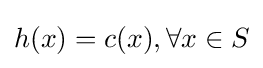
h(x)=c(x),\forall x\in S